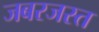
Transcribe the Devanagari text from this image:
जबरजस्त